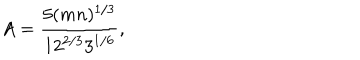
LaTeX: A = { \frac { 5 ( m n ) ^ { 1 / 3 } } { 1 2 ^ { 2 / 3 } 3 ^ { 1 / 6 } } } , \quad